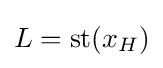
L={\rm {st}}(x_{H})